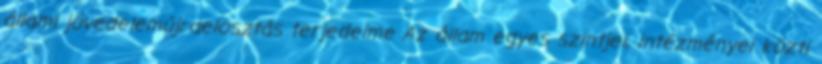
állami jövedelemújraelosztás terjedelme Az állam egyes szintjei, intézményei közti